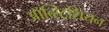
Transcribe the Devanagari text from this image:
ऑब्स्ट्रिशियन